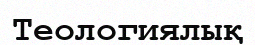
Теологиялық